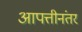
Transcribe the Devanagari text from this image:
आपत्तीनंतर